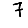
Digit: 7